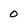
Character: 2